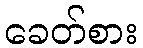
ခေတ်စား